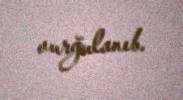
vurğulanıb.